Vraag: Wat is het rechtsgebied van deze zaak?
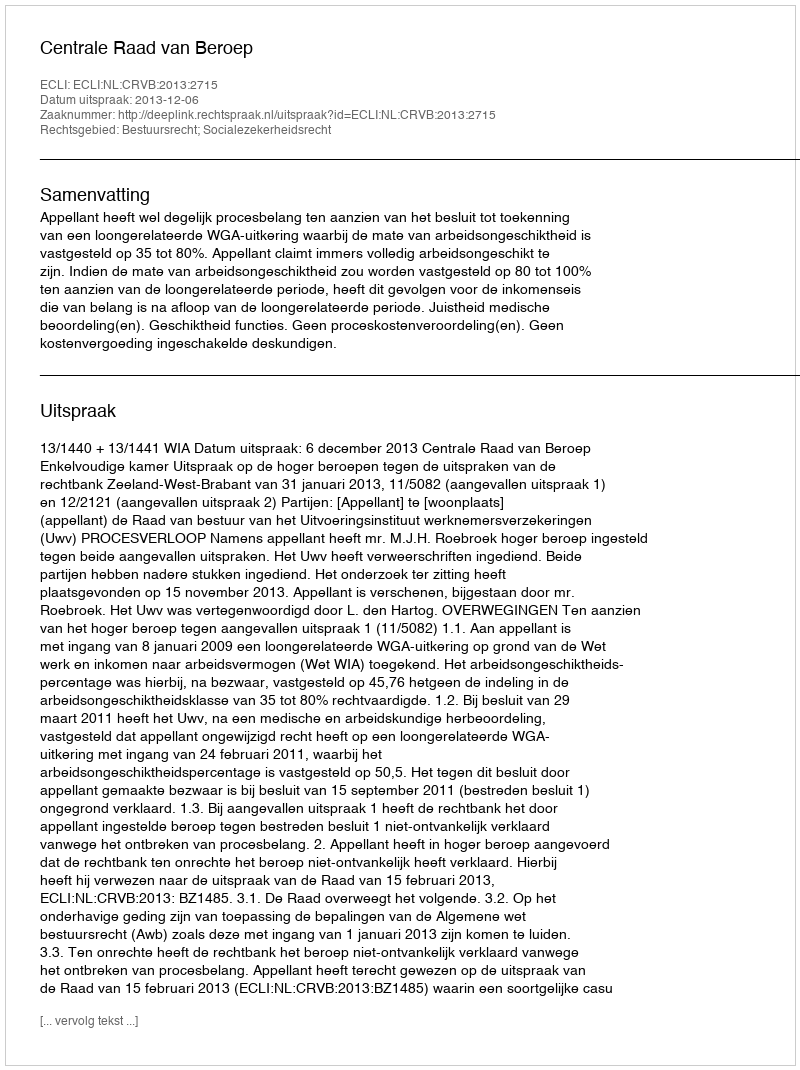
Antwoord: Bestuursrecht; Socialezekerheidsrecht